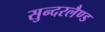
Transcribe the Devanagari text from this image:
सुन्दरलैण्ड